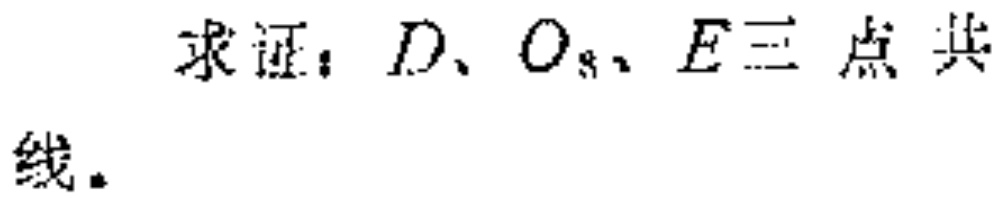
求证：\(D\)、\(O_{8}\)、\(E\)三点共线。